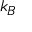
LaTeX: \displaystyle k _ { B }